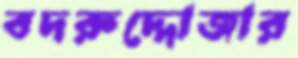
বদরুদ্দোজার